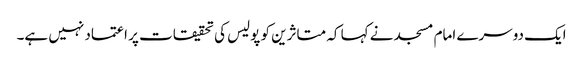
ایک دوسرے امام مسجد نے کہا کہ متاثرین کو پولیس کی تحقیقات پر اعتماد نہیں ہے۔